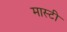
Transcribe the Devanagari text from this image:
मास्टी